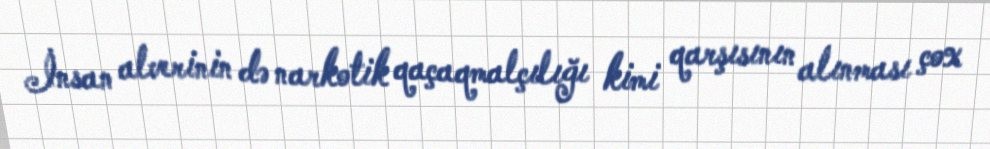
İnsan alverinin də narkotik qaçaqmalçılığı kimi qarşısının alınması çox